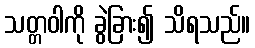
သတ္တဝါကို ခွဲခြား၍ သိရသည်။